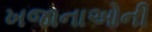
ખજાનાઓની